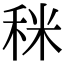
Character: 𥞪